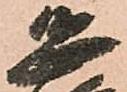
恐